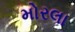
મોરલા